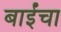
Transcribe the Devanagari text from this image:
बाईंचा